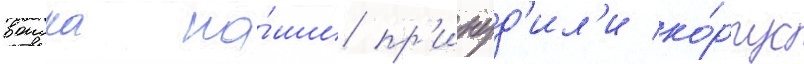
воиска на́ши пр'инуд'ил'и ко́рпус